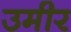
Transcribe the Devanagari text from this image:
उमीर